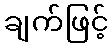
ချက်ဖြင့်